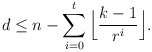
\begin{align*} d\leq n-\sum_{i=0}^t\Big\lfloor\frac{k-1}{r^i}\Big\rfloor. \end{align*}